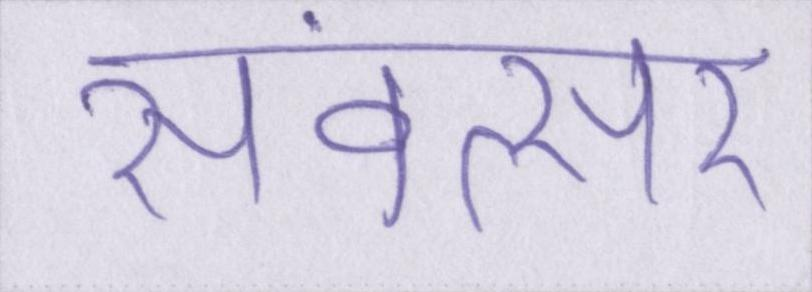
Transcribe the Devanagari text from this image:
संवत्सर